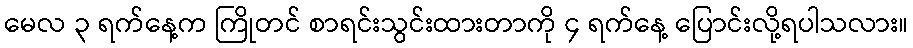
မေလ ၃ ရက်နေ့က ကြိုတင် စာရင်းသွင်းထားတာကို ၄ ရက်နေ့ ပြောင်းလို့ရပါသလား။